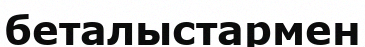
беталыстармен